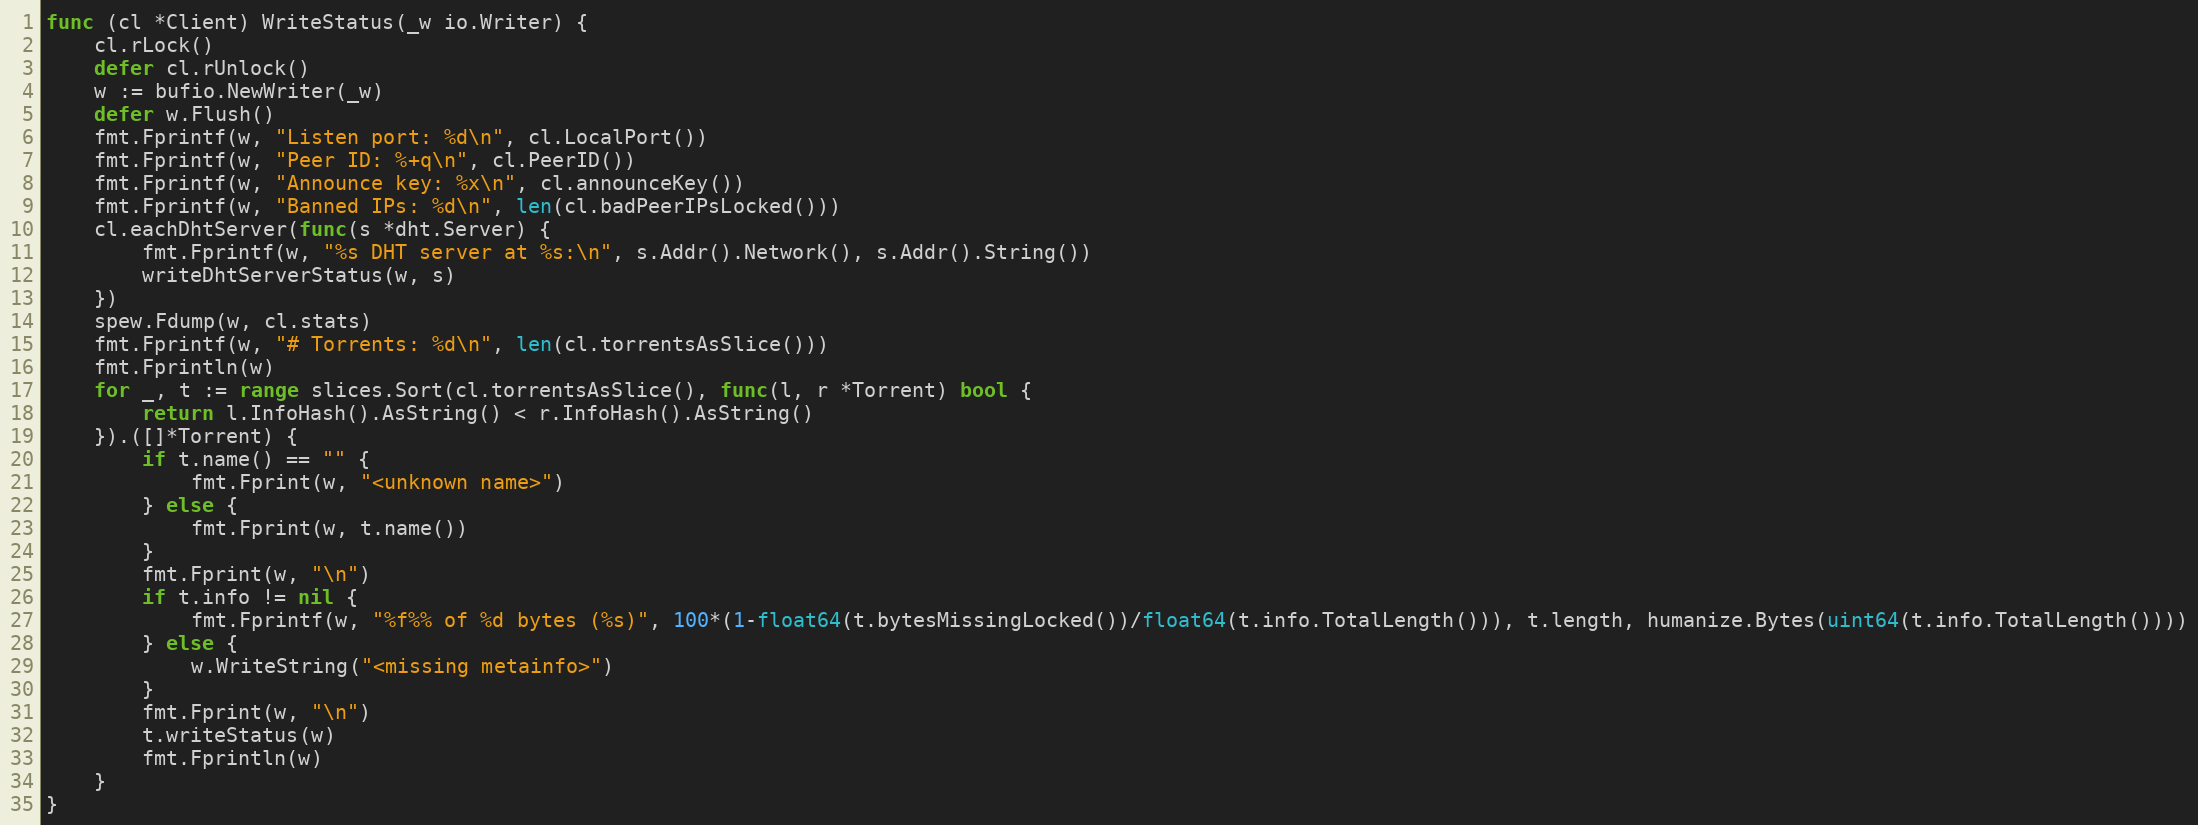
Language: Go
func (cl *Client) WriteStatus(_w io.Writer) {
	cl.rLock()
	defer cl.rUnlock()
	w := bufio.NewWriter(_w)
	defer w.Flush()
	fmt.Fprintf(w, "Listen port: %d\n", cl.LocalPort())
	fmt.Fprintf(w, "Peer ID: %+q\n", cl.PeerID())
	fmt.Fprintf(w, "Announce key: %x\n", cl.announceKey())
	fmt.Fprintf(w, "Banned IPs: %d\n", len(cl.badPeerIPsLocked()))
	cl.eachDhtServer(func(s *dht.Server) {
		fmt.Fprintf(w, "%s DHT server at %s:\n", s.Addr().Network(), s.Addr().String())
		writeDhtServerStatus(w, s)
	})
	spew.Fdump(w, cl.stats)
	fmt.Fprintf(w, "# Torrents: %d\n", len(cl.torrentsAsSlice()))
	fmt.Fprintln(w)
	for _, t := range slices.Sort(cl.torrentsAsSlice(), func(l, r *Torrent) bool {
		return l.InfoHash().AsString() < r.InfoHash().AsString()
	}).([]*Torrent) {
		if t.name() == "" {
			fmt.Fprint(w, "<unknown name>")
		} else {
			fmt.Fprint(w, t.name())
		}
		fmt.Fprint(w, "\n")
		if t.info != nil {
			fmt.Fprintf(w, "%f%% of %d bytes (%s)", 100*(1-float64(t.bytesMissingLocked())/float64(t.info.TotalLength())), t.length, humanize.Bytes(uint64(t.info.TotalLength())))
		} else {
			w.WriteString("<missing metainfo>")
		}
		fmt.Fprint(w, "\n")
		t.writeStatus(w)
		fmt.Fprintln(w)
	}
}